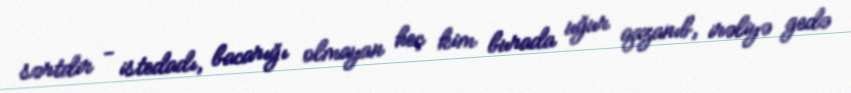
sərtdir - istedadı, bacarığı olmayan heç kim burada uğur qazanıb, irəliyə gedə